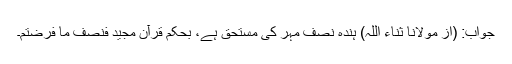
جواب: (از مولانا ثناء اللہ) ہندہ نصف مہر کی مستحق ہے، بحکمِ قرآن مجید فنصف ما فرضتم۔